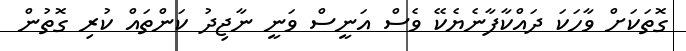
ގޮތަކަށް ވާހަކަ ދައްކާފާނެޔެކޭ ވެސް އަނީސް ވަނީ ނާޖިދު ކަންތައް ކުރި ގޮތުން